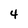
Character: 4